Vaccination United Provinces of Agra and Oudh 1902-1913 - 1902-1913
Year: 1902
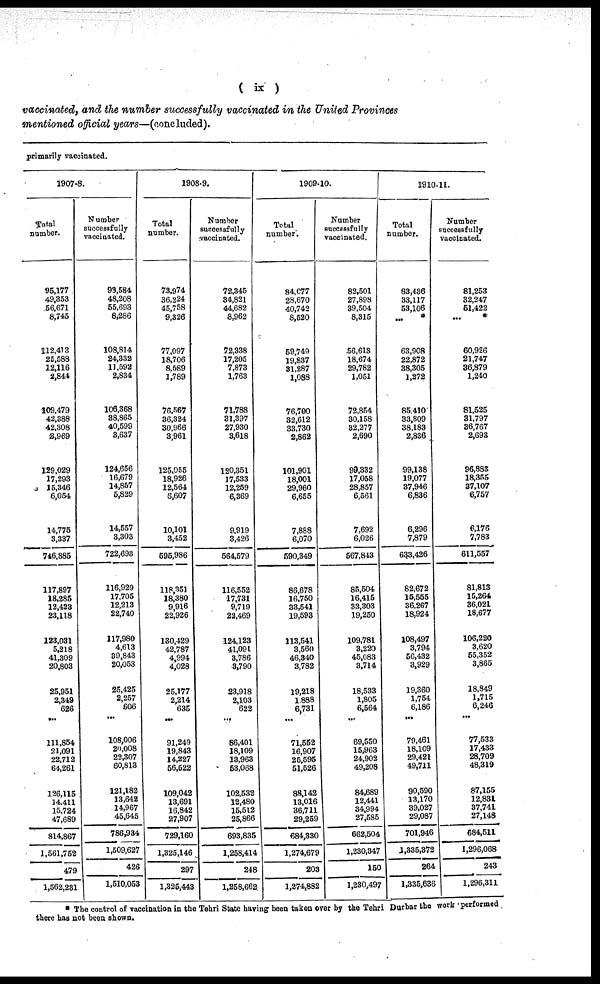
( ix )
vaccinated, and the number successfully vaccinated in the United Provinces
mentioned official years—(concluded).
primarily vaccinated.
1907-8.
Total
number.
95,177
49,353
56,671
8,745
112,413
25,588
12,116
2,844
109,479
42,388
42,308
3,969
129,029
17,293
15,346
6,054
14,775
3,337
746,885
117,897
18,285
12,423
23,118
123,031
5,218
41,309
20,803
25,951
2,349
626
...
111,854
21,091
22,712
64,261
126,115
14,411
15,724
47,689
814,867
1,561,752
479
1,562,231
Number
successfully
vaccinated.
99,584
48,208
55,693
8,286
108,814
24,332
11,592
2,834
106,368
38,865
40,599
3,637
124,656
16,679
14,857
5,829
14,557
3,303
722,693
116,929
17,705
12,213
22,740
117,980
4,613
39,843
20,053
25,425
2,257
606
...
108,006
20,008
22,307
60,813
121,182
13,642
14,967
45,645
786,934
1,509,627
426
1,510,053
1908-9.
Total
number.
73,974
36,224
45,758
9,326
77,097
18,706
8,589
1,789
76,567
36,324
30,966
3,961
125,055
18,926
12,564
6,607
10,101
3,452
595,986
118,351
18,380
9,916
22,926
130,429
42,787
4,994
4,028
25,177
2,214
635
...
91,249
19,843
14,227
56,522
109,042
13,691
16,842
27,907
729,160
1,325,146
297
1,325,443
Number
successfully
vaccinated.
72,345
34,821
44,682
8,962
72,338
17,205
7,873
1,763
71,788
31,397
27,930
3,618
120,351
17,533
12,259
6,369
9,919
3,426
564,579
116,552
17,731
9,719
22,469
124,123
41,091
3,786
3,790
23,918
2,103
622
...
86,401
18,109
13,963
53,068
102,532
12,480
15,512
25,866
693,835
1,258,414
248
1,258,662
1909-10.
Total
number.
84,077
28,670
40,742
8,520
59,749
19,837
31,287
1,088
76,700
32,612
33,730
2,862
101,901
18,001
29,960
6,655
7,888
6,070
590,349
86,678
16,750
33,541
19,593
113,541
3,560
46,340
3,782
19,218
1,888
6,731
...
71,552
16,907
25,595
51,526
88,142
13,016
36,711
29,259
684,330
1,274,679
203
1,274,882
Number
successfully
vaccinated.
82,501
27,898
39,504
8,315
56,618
18,674
29,782
1,051
72,854
30,158
32,277
2,690
99,332
17,058
28,857
6,561
7,692
6,026
567,843
85,504
16,415
33,303
19,250
109,781
3,220
45,083
3,714
18,533
1,805
6,564
...
69,550
15,963
24,902
49,208
84,689
12,441
34,994
27,585
662,504
1,230,347
150
1,230,497
1910-11.
Total
number.
83,436
33,117
53,106
... *
63,908
22,872
38,305
1,272
85,410
33,809
38,183
2,836
99,138
19,077
37,946
6,836
6,296
7,879
633,426
82,672
15,555
36,267
18,924
108,497
3,794
56,432
3,929
19,360
1,754
6,186
...
79,461
18,109
29,421
49,711
90,590
13,170
39,027
29,087
701,946
1,335,372
264
1,335,636
Number
successfully
vaccinated.
81,253
32,247
51,422
... *
60,926
21,747
36,879
1,240
81,525
31,797
36,767
2,693
96,883
18,355
37,107
6,757
6,176
7,783
611,557
81,813
15,264
36,021
18,677
106,220
3,620
55,352
3,865
18,849
1,715
6,246
...
77,533
17,433
28,709
48,319
87,155
12,831
37,741
27,148
684,511
1,296,068
243
1,296,311
* The control of vaccination in the Tehri State having been taken over by the Tehri Durbar the work performed
there has not been shown.